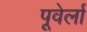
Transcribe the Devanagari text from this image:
पूवेर्ला